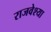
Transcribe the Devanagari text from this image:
राजवेश्या